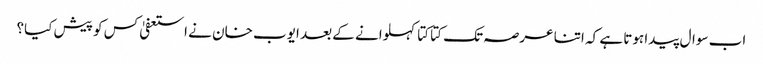
اب سوال پیدا ہوتا ہے کہ اتنا عرصہ تک کتا کتا کہلوانے کے بعد ایوب خان نے استعفیٰ کس کو پیش کیا؟